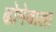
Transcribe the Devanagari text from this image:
ढोनेवाला